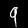
Digit: 9